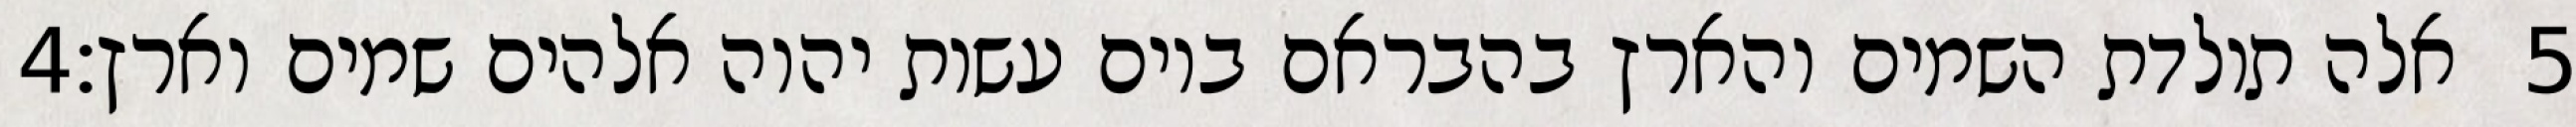
‎4‏ אלה תולדת השמים והארץ בהבראם ביום עשות יהוה אלהים שמים וארץ׃ ‎5‏